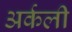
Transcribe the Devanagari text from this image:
अर्कली